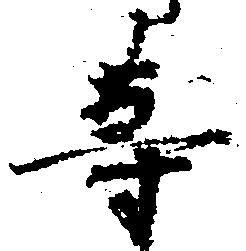
等